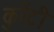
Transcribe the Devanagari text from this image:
कुरेंटी